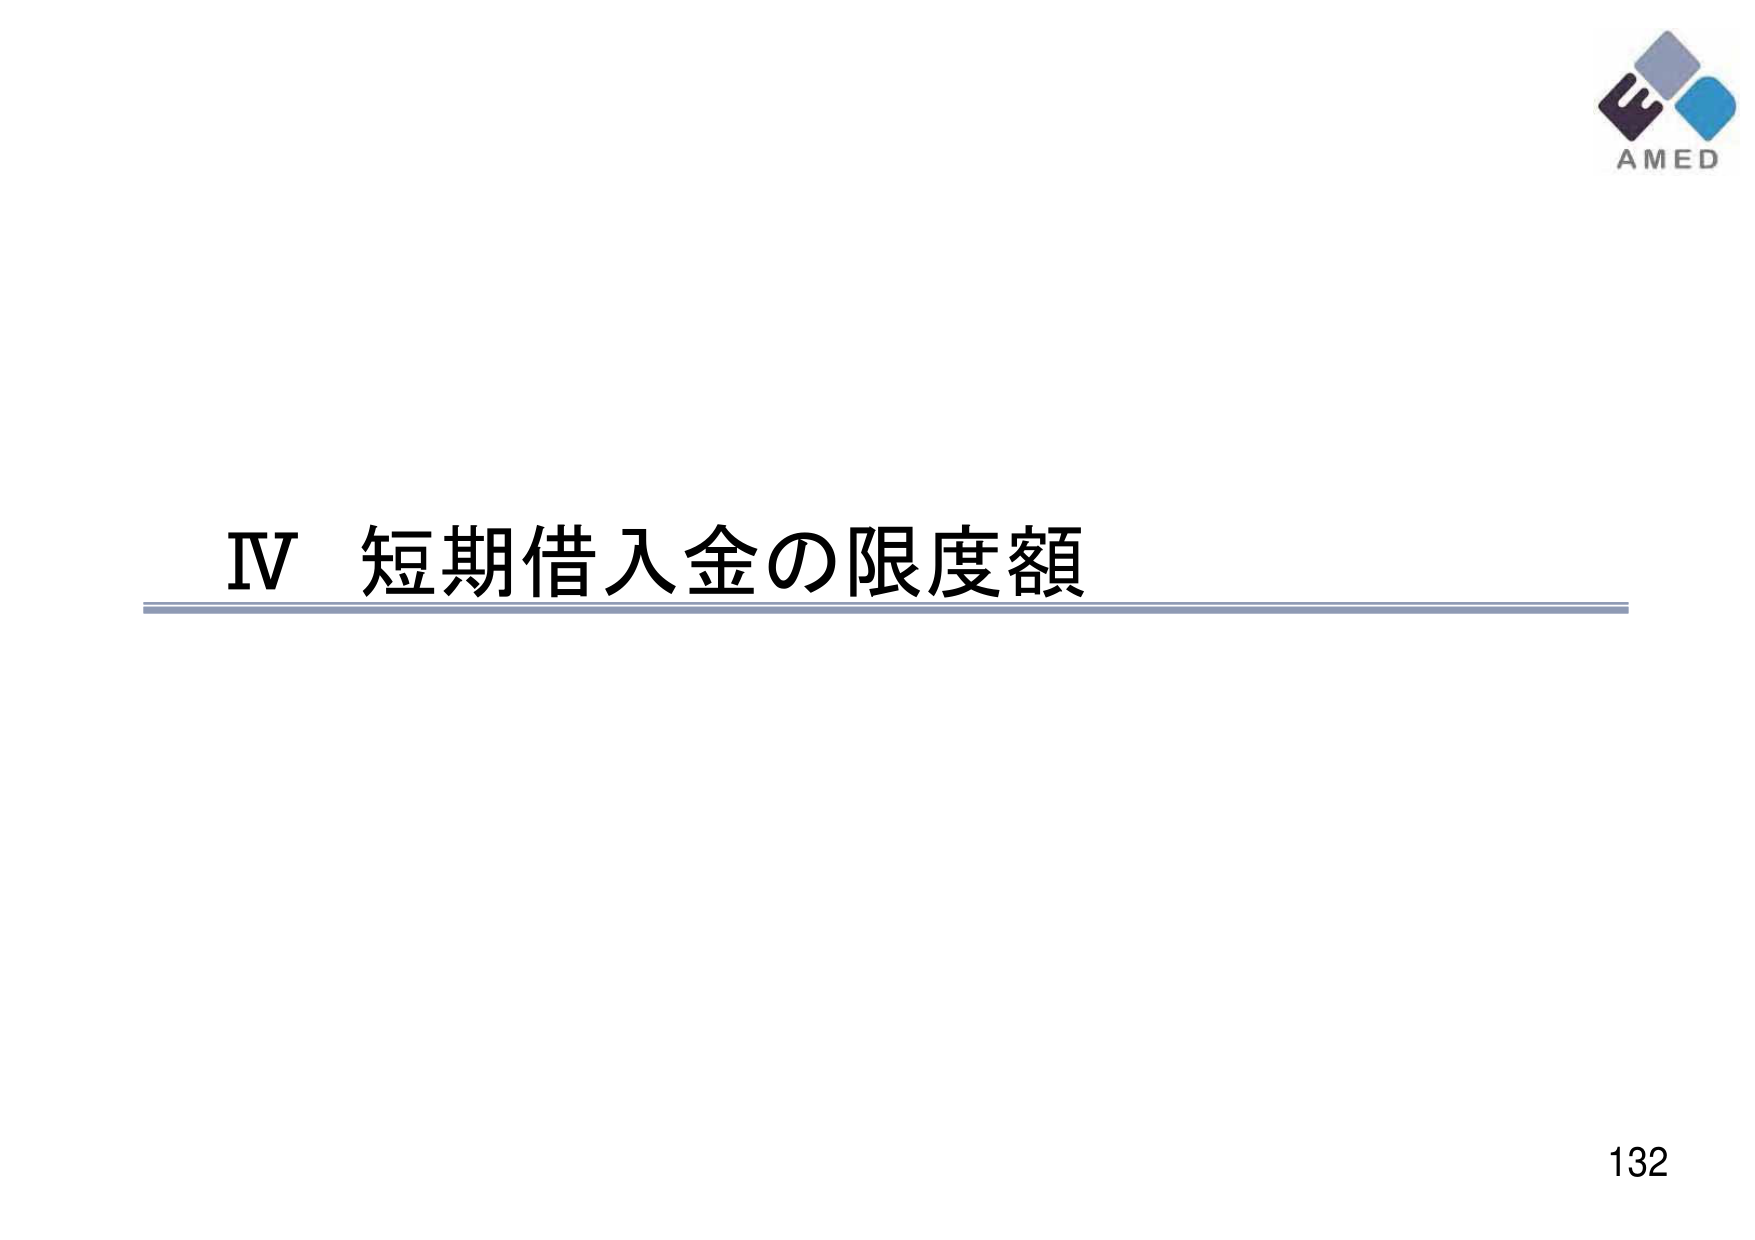
IV 短期借入金の限度額
AMED
132